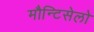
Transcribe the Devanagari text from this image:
मौन्टिसेलो